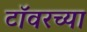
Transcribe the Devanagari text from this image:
टाॅवरच्या